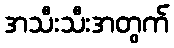
အသီးသီးအတွက်